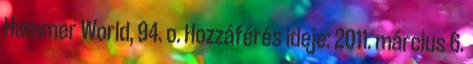
Hammer World, 94. o. Hozzáférés ideje: 2011. március 6.